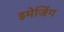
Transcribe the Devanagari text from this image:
इमेजिंग